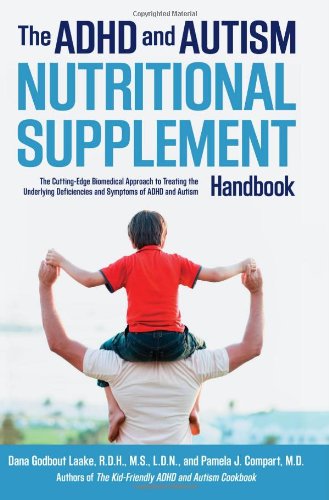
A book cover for The ADHD and Autism Nutritional Supplement Handbook: The Cutting-Edge Biomedical Approach to Treating the Underlying Deficiencies and Symptoms of ADHD and Autism; Dana Laake; Health, Fitness & Dieting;